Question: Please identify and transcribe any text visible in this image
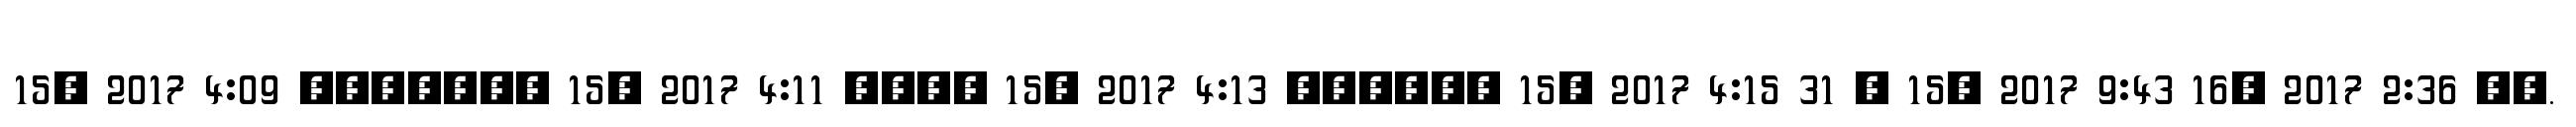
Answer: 15, 2017 4:09 ??????? 15, 2017 4:11 ???? 15, 2017 4:13 ?????? 15, 2017 4:15 31 ? 15, 2017 9:43 16, 2017 2:36 ??.